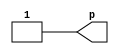
module test_19(p);
   output p;
   assign q = 1; 
   assign p = q;
endmodule